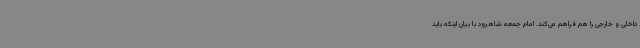
داخلی و خارجی را هم فراهم می‌کند. امام جمعه شاهرود با بیان اینکه باید